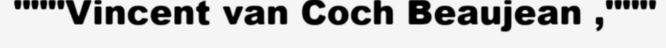
"""Vincent van Coch Beaujean ,"""